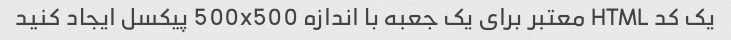
یک کد HTML معتبر برای یک جعبه با اندازه 500x500 پیکسل ایجاد کنید